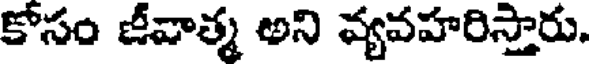
కోసం జీవాత్మ అని వ్యవహరిస్తారు.